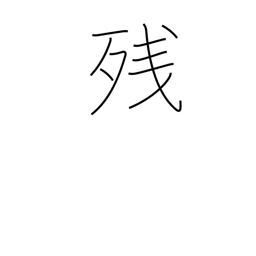
Meaning: balance